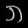
Digit: ၈